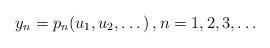
LaTeX: \begin{align*} y_n=p_n(u_1,u_2,\dots)\, , n=1,2,3,\dots \end{align*}